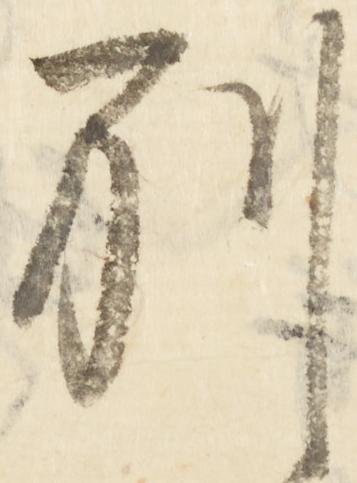
別